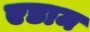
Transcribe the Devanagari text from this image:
एडाम